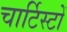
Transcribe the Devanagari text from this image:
चार्टिस्टों